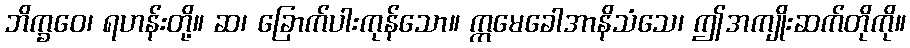
ဘိက္ခဝေ၊ ရဟန်းတို့။ ဆ၊ ခြောက်ပါးကုန်သော။ ဣမေခေါအာနိသံသေ၊ ဤအကျိုးဆက်တိုကို။